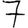
Digit: 7